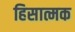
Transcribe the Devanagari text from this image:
हिसात्मक